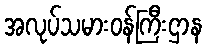
အလုပ်သမားဝန်ကြီးဌာန